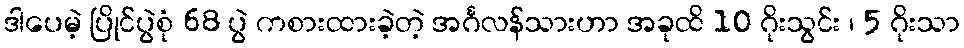
ဒါပေမဲ့ ပြိုင်ပွဲစုံ 68 ပွဲ ကစားထားခဲ့တဲ့ အင်္ဂလန်သားဟာ အခုထိ 10 ဂိုးသွင်း ၊ 5 ဂိုးသာ